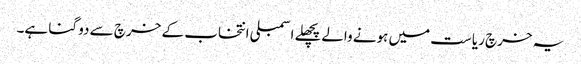
یہ خرچ ریاست میں ہونے والےپچھلے اسمبلی انتخاب کے خرچ سے دو گنا ہے۔